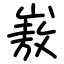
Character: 㟼